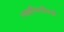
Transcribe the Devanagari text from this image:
त्याहीपलीकडे